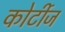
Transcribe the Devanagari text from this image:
कोर्टीज